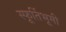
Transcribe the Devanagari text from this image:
स्फूर्तिभूमी